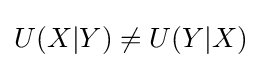
U(X|Y)\neq U(Y|X)